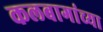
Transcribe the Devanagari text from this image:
कलबागांच्या